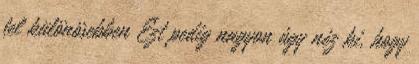
fel különösebben Ezt pedig nagyon úgy néz ki, hogy